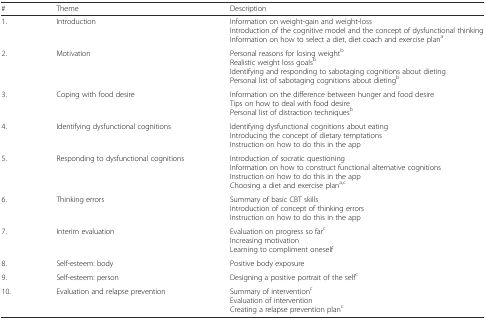
<table><thead><tr><td><b>#</b></td><td><b>Theme</b></td><td><b>Description</b></td></tr></thead><tbody><tr><td>1.</td><td>Introduction</td><td>Information on weight-gain and weight-lossIntroduction of the cognitive model and the concept of dysfunctional thinkingInformation on how to select a diet, diet coach and exercise plan<sup>a</sup></td></tr><tr><td>2.</td><td>Motivation</td><td>Personal reasons for losing weight<sup>b</sup>Realistic weight loss goals<sup>b</sup>Identifying and responding to sabotaging cognitions about dietingPersonal list of sabotaging cognitions about dieting<sup>b</sup></td></tr><tr><td>3.</td><td>Coping with food desire</td><td>Information on the difference between hunger and food desireTips on how to deal with food desirePersonal list of distraction techniques<sup>b</sup></td></tr><tr><td>4.</td><td>Identifying dysfunctional cognitions</td><td>Identifying dysfunctional cognitions about eatingIntroducing the concept of dietary temptationsInstruction on how to do this in the app</td></tr><tr><td>5.</td><td>Responding to dysfunctional cognitions</td><td>Introduction of socratic questioningInformation on how to construct functional alternative cognitionsInstruction on how to do this in the appChoosing a diet and exercise plan<sup>a,c</sup></td></tr><tr><td>6.</td><td>Thinking errors</td><td>Summary of basic CBT skillsIntroduction of concept of thinking errorsInstruction on how to do this in the app</td></tr><tr><td>7.</td><td>Interim evaluation</td><td>Evaluation on progress so far<sup>c</sup>Increasing motivationLearning to compliment oneself</td></tr><tr><td>8.</td><td>Self-esteem: body</td><td>Positive body exposure</td></tr><tr><td>9.</td><td>Self-esteem: person</td><td>Designing a positive portrait of the self<sup>c</sup></td></tr><tr><td>10.</td><td>Evaluation and relapse prevention</td><td>Summary of intervention<sup>c</sup>Evaluation of interventionCreating a relapse prevention plan<sup>c</sup></td></tr></tbody></table>